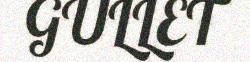
GULLET